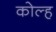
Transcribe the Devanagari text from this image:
कोल्ह